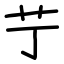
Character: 艼